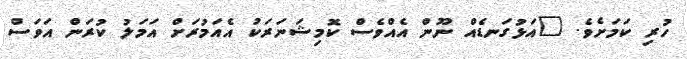
ހުރި ކަމަށެވެ. "އަޅުގަނޑެއް ނޫން އެއްވެސް ކޮމިޝަނަރަކު އެއަމުރަށް އަމަލު ކުރަން އަވަސް